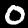
Digit: 0